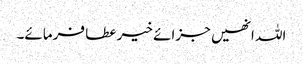
اللہ انھیں جزائے خیر عطا فرمائے۔